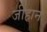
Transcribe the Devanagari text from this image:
जीहान